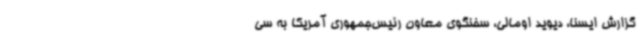
گزارش ایسنا، دیوید اومالی، سخنگوی معاون رئیس‌جمهوری آمریکا به سی‌